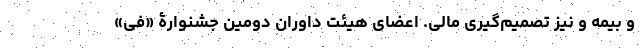
و بیمه و نیز تصمیم‌گیری مالی. اعضای هیئت داوران دومین جشنوارۀ «فی»